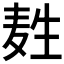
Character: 𪽂